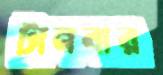
টানবার